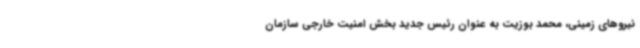
نیروهای زمینی، محمد بوزیت به عنوان رئیس جدید بخش امنیت خارجی سازمان